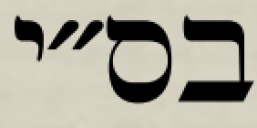
בס״י